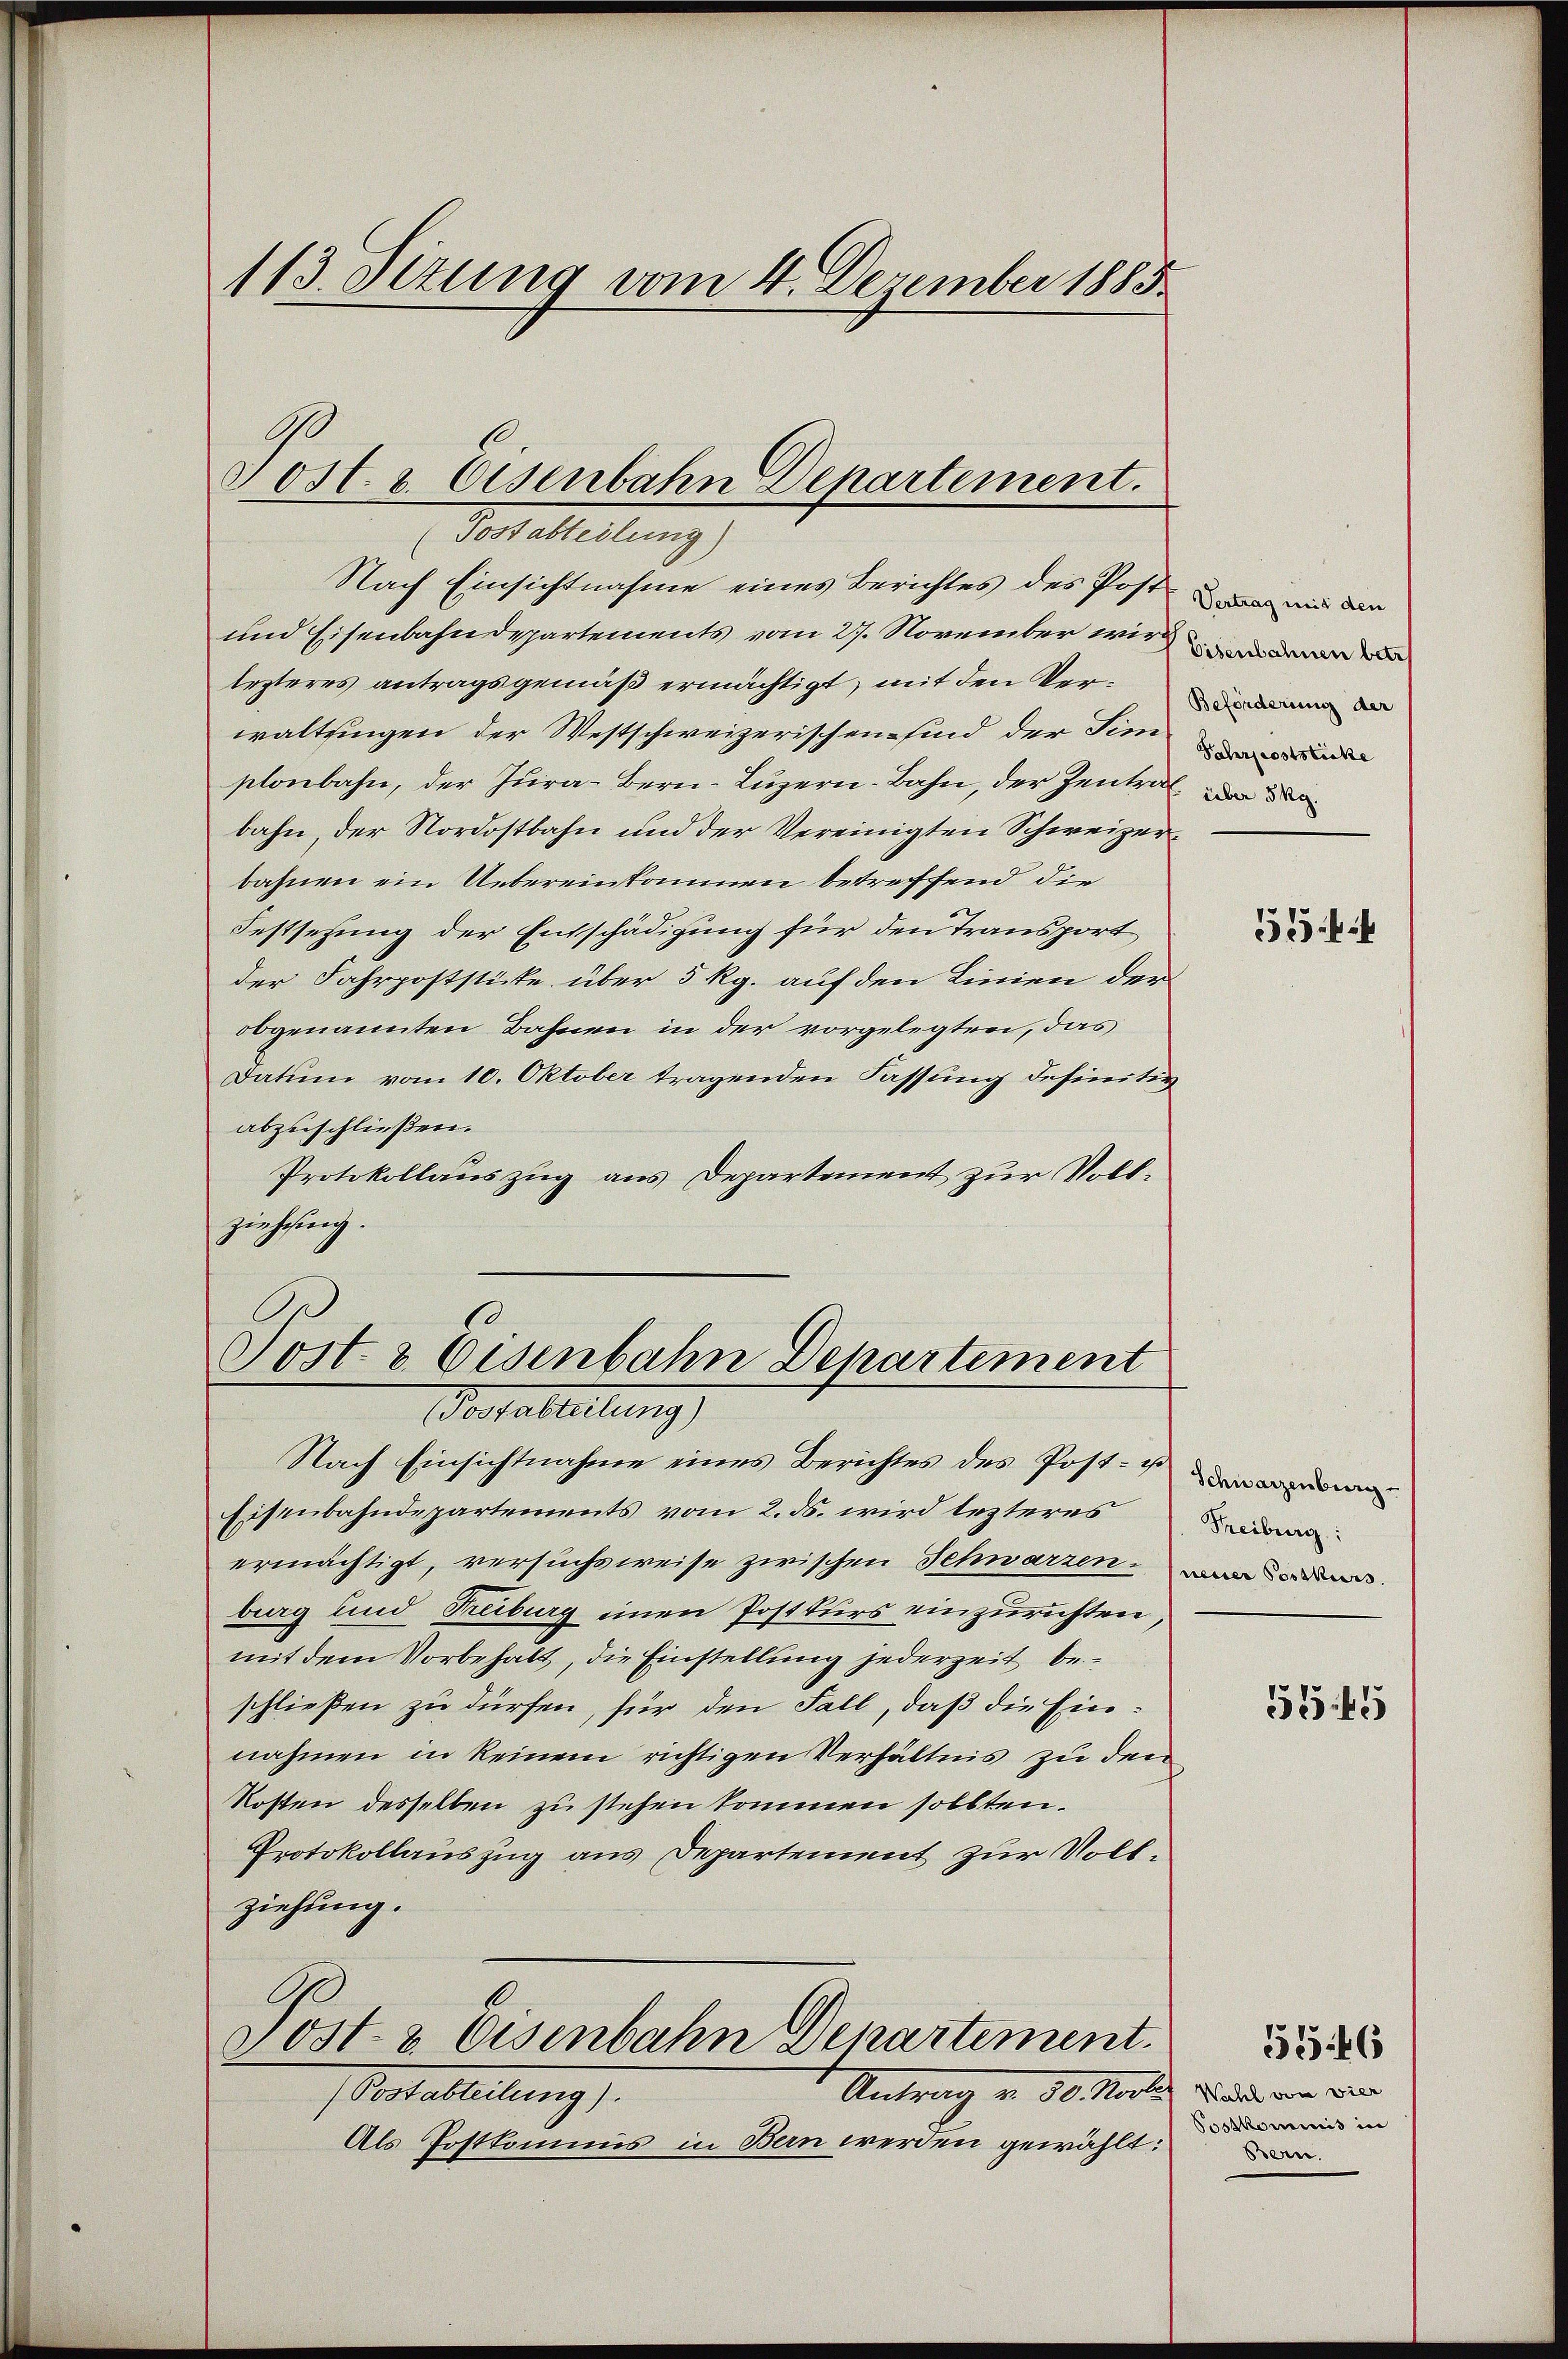
und Eisenbahndepartements vom 27. November wird
lezteres antragsgemäß ermächtigt, mit den Verwaltsingen der Westschweizerischen sind der Sin
plonbahn, der Jura-Bern-Luzern-Bahn, der Zentral de
bahn, der Nordostbahn und der Vereinigten Schweizerbahnen ein Uebereinkommen betreffend die
Festsetzung der Entschädigung für den Transport
der Fahrpoststicke über 5 Rg. auf den Linien der
obgenannten Bahnen in der vorgelegten, das
Datum vom 10. Oktober tragenden Fassung definitiv
abzuschließen.
Protokollauszug aus Departement zur Vollziehung.

113 Sizung vom 4. Dezember 1885.

Sost. v. Eisenbahn Departement.
(Sostabteilung)
Nach Einsichtnahme eines Berichtes des Post mir den

Sost- & Eisenbahn Departement
Vorfalleitung

Nach Einsichtnahme eines Berichtes des Post-
Eisenbahndepartements vom 2. ds. wird lezteres
ermächtigt, versuchsweise zwischen Schwarzen.
berg und Truburg einen Postkurs einzurichten
mit dem Vorbehalt, die Einstellung jederzeit beschließen zu dürfen, für den Fall, daß die Einnahmen in keinem richtigen Verhältnis zu den
kosten desselben zu stehen kommen sollten.
Protokollauszug aus Departement zur Vollziehung.
Post- & Eisenbahn Departement.
Ant. 30. Morde
(Postabteilung).
Als Postkommis in Bern werden gewählt:

Eisenbahnen betr
Beförderung der
Fahrpoststicke

5544

Freiburg:
neuer Postkurs

5745

Wahl von vier
Sosskommnis in
Bern.

5746